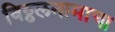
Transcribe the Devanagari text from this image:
विठ्ठलनामाचा